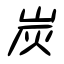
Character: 炭